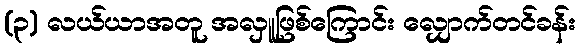
(၃) လယ်ယာအတူ အလှူဖြစ်ကြောင်း လျှောက်တင်ခန်း